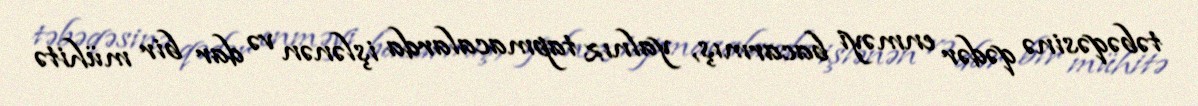
təbəqəsinə qədər enməyi bacarmış, yalnız tapmacalarda işlənən və dar bir mühitə